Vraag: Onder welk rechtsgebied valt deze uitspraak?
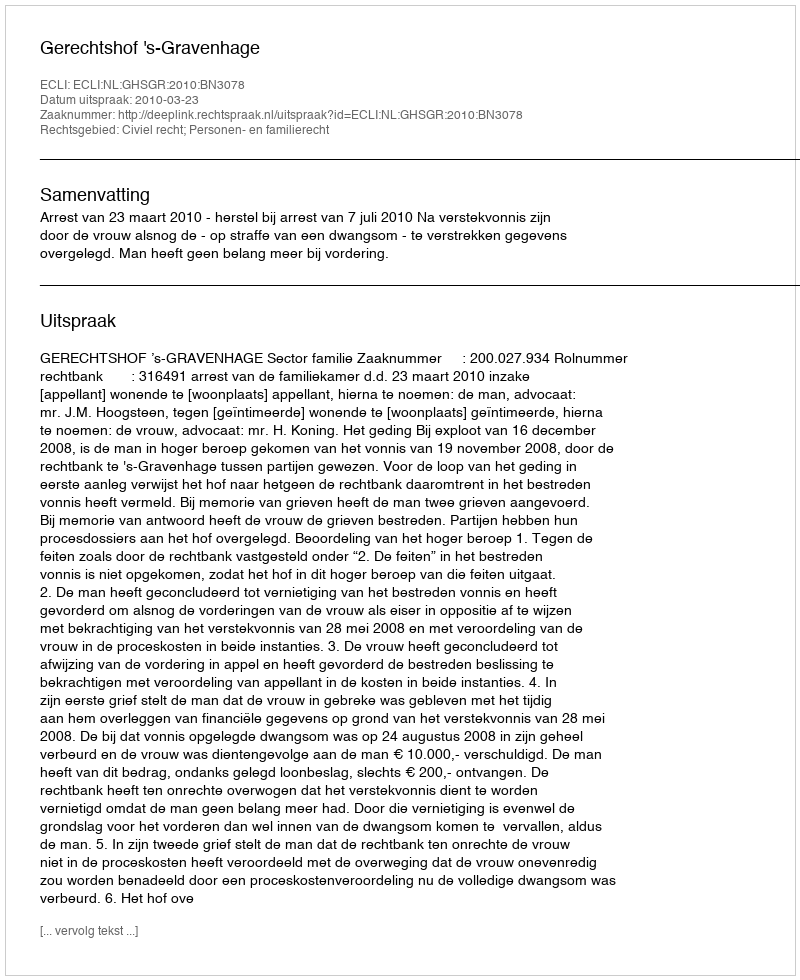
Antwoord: Civiel recht; Personen- en familierecht